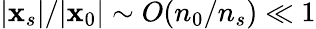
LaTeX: |\mathbf{x}_{s}|/|\mathbf{x}_{0}|\sim O(n_{0}/n_{s})\ll 1